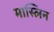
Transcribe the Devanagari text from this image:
मास्लिन